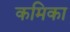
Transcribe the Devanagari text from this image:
कमिका